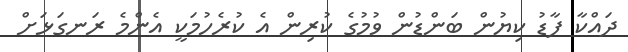
ދައްކާ ފާޑު ކިޔުން ބަންޑުން ވުމުގެ ކުރިން އެ ކުރެހުމަކީ އެންމެ ރަނގަޅަށް